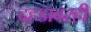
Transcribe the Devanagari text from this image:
दहडावरही